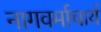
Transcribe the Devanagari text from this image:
नागवर्माचार्य